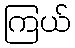
ကြယ်